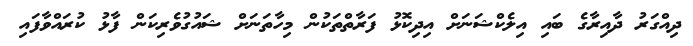
ދިއްގަރު ދާއިރާގެ ބައި އިލެކްޝަނަށް އިދިކޮޅު ފަރާތްތަކުން މިހާތަނަށް ޝައުގުވެރިކަން ފާޅު ކުރައްވާފައި